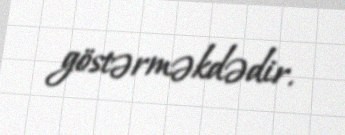
göstərməkdədir.